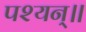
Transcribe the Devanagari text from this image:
पश्यन्॥